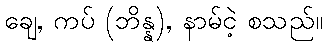
ချေ, ကပ် (ဘိန္န), နာမ်ငဲ့ စသည်။